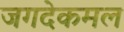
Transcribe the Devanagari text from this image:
जगदेकमल